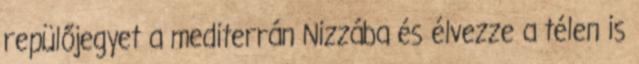
repülőjegyet a mediterrán Nizzába és élvezze a télen is